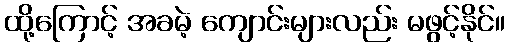
ထို့ကြောင့် အခမဲ့ ကျောင်းများလည်း မဖွင့်နိုင်။